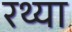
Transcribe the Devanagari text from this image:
रथ्या